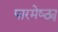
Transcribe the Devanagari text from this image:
पारमेष्ठ्य